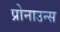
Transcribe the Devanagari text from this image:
प्रोनाउन्स